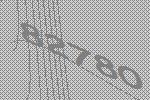
82780